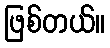
ဖြစ်တယ်။